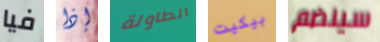
فيا إذا الطاولة بيكيت سينضم